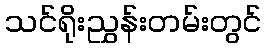
သင်ရိုးညွှန်းတမ်းတွင်